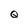
Character: Q